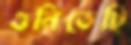
গুনিতেছি